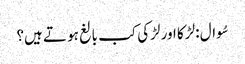
سُوال : لڑکا اور لڑکی کب بالغ ہو تے ہیں؟